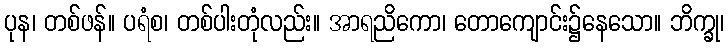
ပုန၊ တစ်ဖန်။ ပရံစ၊ တစ်ပါးတုံလည်း။ အာရညိကော၊ တောကျောင်း၌နေသော။ ဘိက္ခု၊